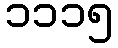
၁၁၁၅